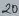
Text: 20